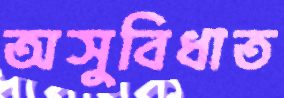
অসুবিধাত